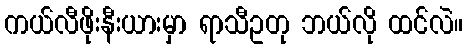
ကယ်လီဖိုးနီးယားမှာ ရာသီဥတု ဘယ်လို ထင်လဲ။